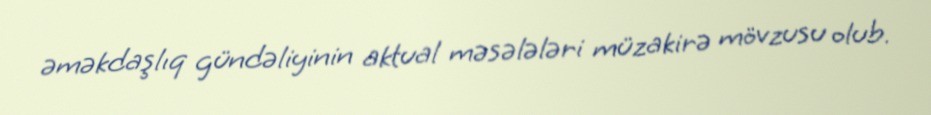
əməkdaşlıq gündəliyinin aktual məsələləri müzakirə mövzusu olub.